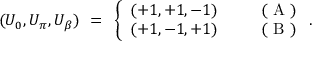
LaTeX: ( U _ { 0 } , U _ { \pi } , U _ { \beta } ) ~ = ~ \left\{ \begin{array} { c c } { { ( + 1 , + 1 , - 1 ) } } & { { ~ ~ ~ ~ ~ ( \textrm { A } ) } } \\ { { ( + 1 , - 1 , + 1 ) } } & { { ~ ~ ~ ~ ~ ( \textrm { B } ) } } \end{array} \right. .